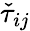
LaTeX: \check{\tau}_{ij}